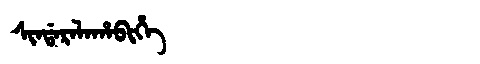
Manchu: ᠰᡳᠨᡩᠠᡵᠠᠯᠠᡥᠠᠪᡳᡥᡝ
Romanization: SINDARALAHABIHE